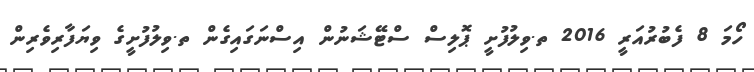
ހޯމަ 8 ފެބުރުއަރީ 2016 ތ.ވިލުފުށީ ޕޮލިސް ސްޓޭޝަނުން އިސްނަގައިގެން ތ.ވިލުފުށީގެ ވިޔަފާރިވެރިން